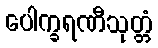
ပေါက္ခရဏီသုတ္တံ